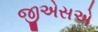
જીએસએ